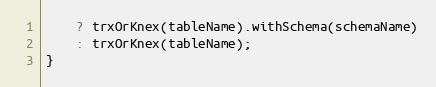
Language: JavaScript
    ? trxOrKnex(tableName).withSchema(schemaName)
    : trxOrKnex(tableName);
}